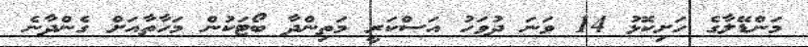
މަންޑޭލާގެ ހަށިކޮޅު 14 ވަނަ ދުވަހު އަސްކަރީ މަތިންދާ ބޯޓަކުން މަހާތާއަށް ގެންދާނެ